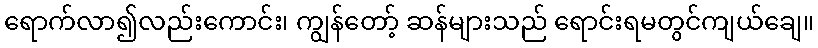
ရောက်လာ၍လည်းကောင်း၊ ကျွန်တော့် ဆန်များသည် ရောင်းရမတွင်ကျယ်ချေ။